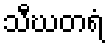
သီဃတရံ